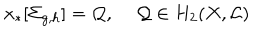
LaTeX: x _ { * } [ \Sigma _ { g , h } ] = { \cal Q } , \, \, \, \, \, \, \, { \cal Q } \in H _ { 2 } ( X , { \cal L } )